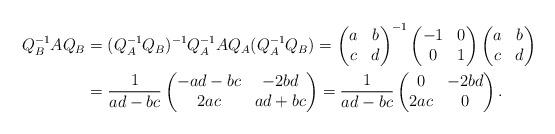
LaTeX: \begin{align*}Q_B^{-1}AQ_B & =(Q_A^{-1}Q_B)^{-1} Q_A^{-1}AQ_A (Q_A^{-1}Q_B) =\begin{pmatrix}a & b \\c & d\end{pmatrix}^{-1}\begin{pmatrix}-1 & 0\\0 & 1\end{pmatrix}\begin{pmatrix}a & b\\c & d\end{pmatrix}\\& =\frac{1}{ad-bc}\begin{pmatrix}-ad-bc & -2bd\\2ac & ad+bc\end{pmatrix}=\frac{1}{ad-bc}\begin{pmatrix}0 & -2bd\\2ac & 0\end{pmatrix}.\end{align*}